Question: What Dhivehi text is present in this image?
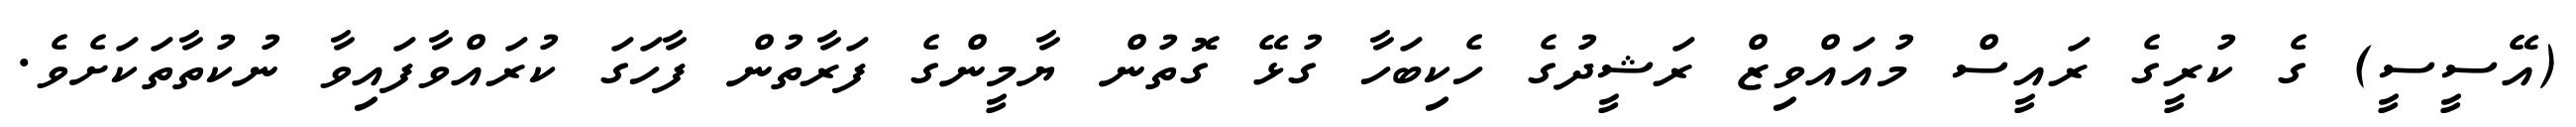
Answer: (އޭސީސީ) ގެ ކުރީގެ ރައީސް މުއައްވިޒް ރަޝީދުގެ ހެކިބަހާ ގުޅޭ ގޮތުން ޔާމީންގެ ފަރާތުން ފާހަގަ ކުރައްވާފައިވާ ނުކުތާތަކަށެވެ.